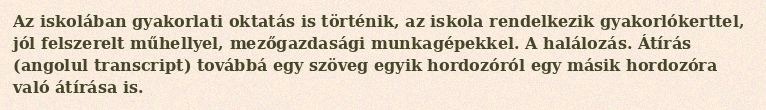
Az iskolában gyakorlati oktatás is történik, az iskola rendelkezik gyakorlókerttel, jól felszerelt műhellyel, mezőgazdasági munkagépekkel. A halálozás. Átírás (angolul transcript) továbbá egy szöveg egyik hordozóról egy másik hordozóra való átírása is.